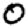
Digit: 0